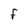
Character: f